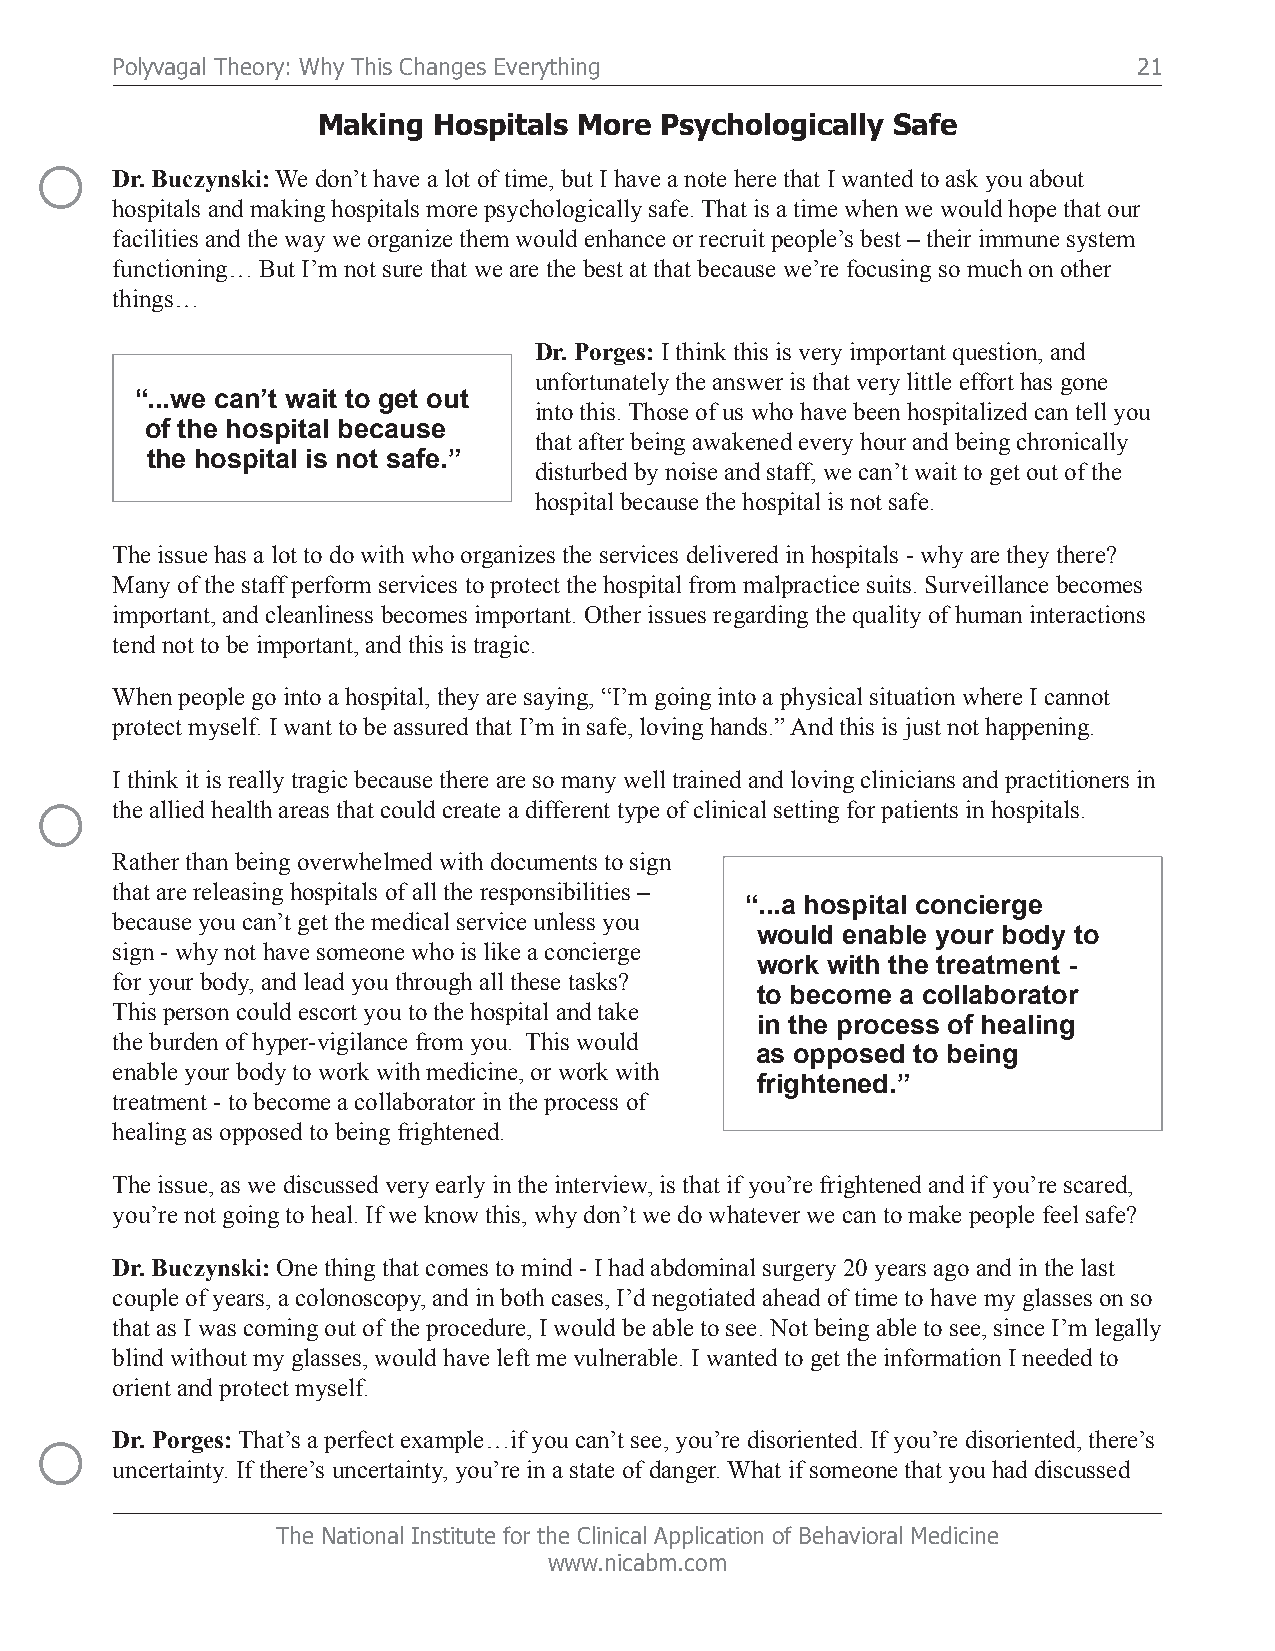
Polyvagal Theory: Why This Changes Everything                       21
 Making  Hospitals More Psychologically Safe
 ○
 Dr. Buczynski: We don’t have a lot of time, but I have a note here that I wanted to ask you about
 hospitals and making hospitals more psychologically safe. That is a time when we would hope that our
 facilities and the way we organize them would enhance or recruit people’s best – their immune system
 functioning… But I’m not sure that we are the best at that because we’re focusing so much on other
 things…
 Dr. Porges: I think this is very important question, and
 unfortunately the answer is that very little effort has gone
 “...we can’t wait to get out
 into this. Those of us who have been hospitalized can tell you
 of the hospital because
 that after being awakened every hour and being chronically
 the hospital is not safe.”
 disturbed by noise and staff, we can’t wait to get out of the
 hospital because the hospital is not safe.
 The issue has a lot to do with who organizes the services delivered in hospitals - why are they there?
 Many of the staff perform services to protect the hospital from malpractice suits. Surveillance becomes
 important, and cleanliness becomes important. Other issues regarding the quality of human interactions
 tend not to be important, and this is tragic.
 When people go into a hospital, they are saying, “I’m going into a physical situation where I cannot
 protect myself. I want to be assured that I’m in safe, loving hands.” And this is just not happening.
 I think it is really tragic because there are so many well trained and loving clinicians and practitioners in
 ○
 the allied health areas that could create a different type of clinical setting for patients in hospitals.
 Rather than being overwhelmed with documents to sign
 that are releasing hospitals of all the responsibilities –
 “...a hospital concierge
 because you can’t get the medical service unless you
 would enable your body to
 sign - why not have someone who is like a concierge
 work with the treatment -
 for your body, and lead you through all these tasks?
 to become a collaborator
 This person could escort you to the hospital and take
 in the process of healing
 the burden of hyper-vigilance from you. This would
 as opposed to being
 enable your body to work with medicine, or work with
 frightened.”
 treatment - to become a collaborator in the process of
 healing as opposed to being frightened.
 The issue, as we discussed very early in the interview, is that if you’re frightened and if you’re scared,
 you’re not going to heal. If we know this, why don’t we do whatever we can to make people feel safe?
 Dr. Buczynski: One thing that comes to mind - I had abdominal surgery 20 years ago and in the last
 couple of years, a colonoscopy, and in both cases, I’d negotiated ahead of time to have my glasses on so
 that as I was coming out of the procedure, I would be able to see. Not being able to see, since I’m legally
 blind without my glasses, would have left me vulnerable. I wanted to get the information I needed to
 orient and protect myself.
 ○
 Dr. Porges: That’s a perfect example…if you can’t see, you’re disoriented. If you’re disoriented, there’s
 uncertainty. If there’s uncertainty, you’re in a state of danger. What if someone that you had discussed
 The National Institute for the Clinical Application of Behavioral Medicine
 www.nicabm.com